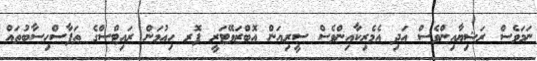
ނަމަވެސް ރަޝިޔާއިންވެސް އަދި އެމެރިކާއިންވެސް ސީރިއަން އޮބްޒަވޭޓަރީ ފޮރ ހިއުމަން ރައިޓްސްގެ ތަފާސްހިސާބުތައް